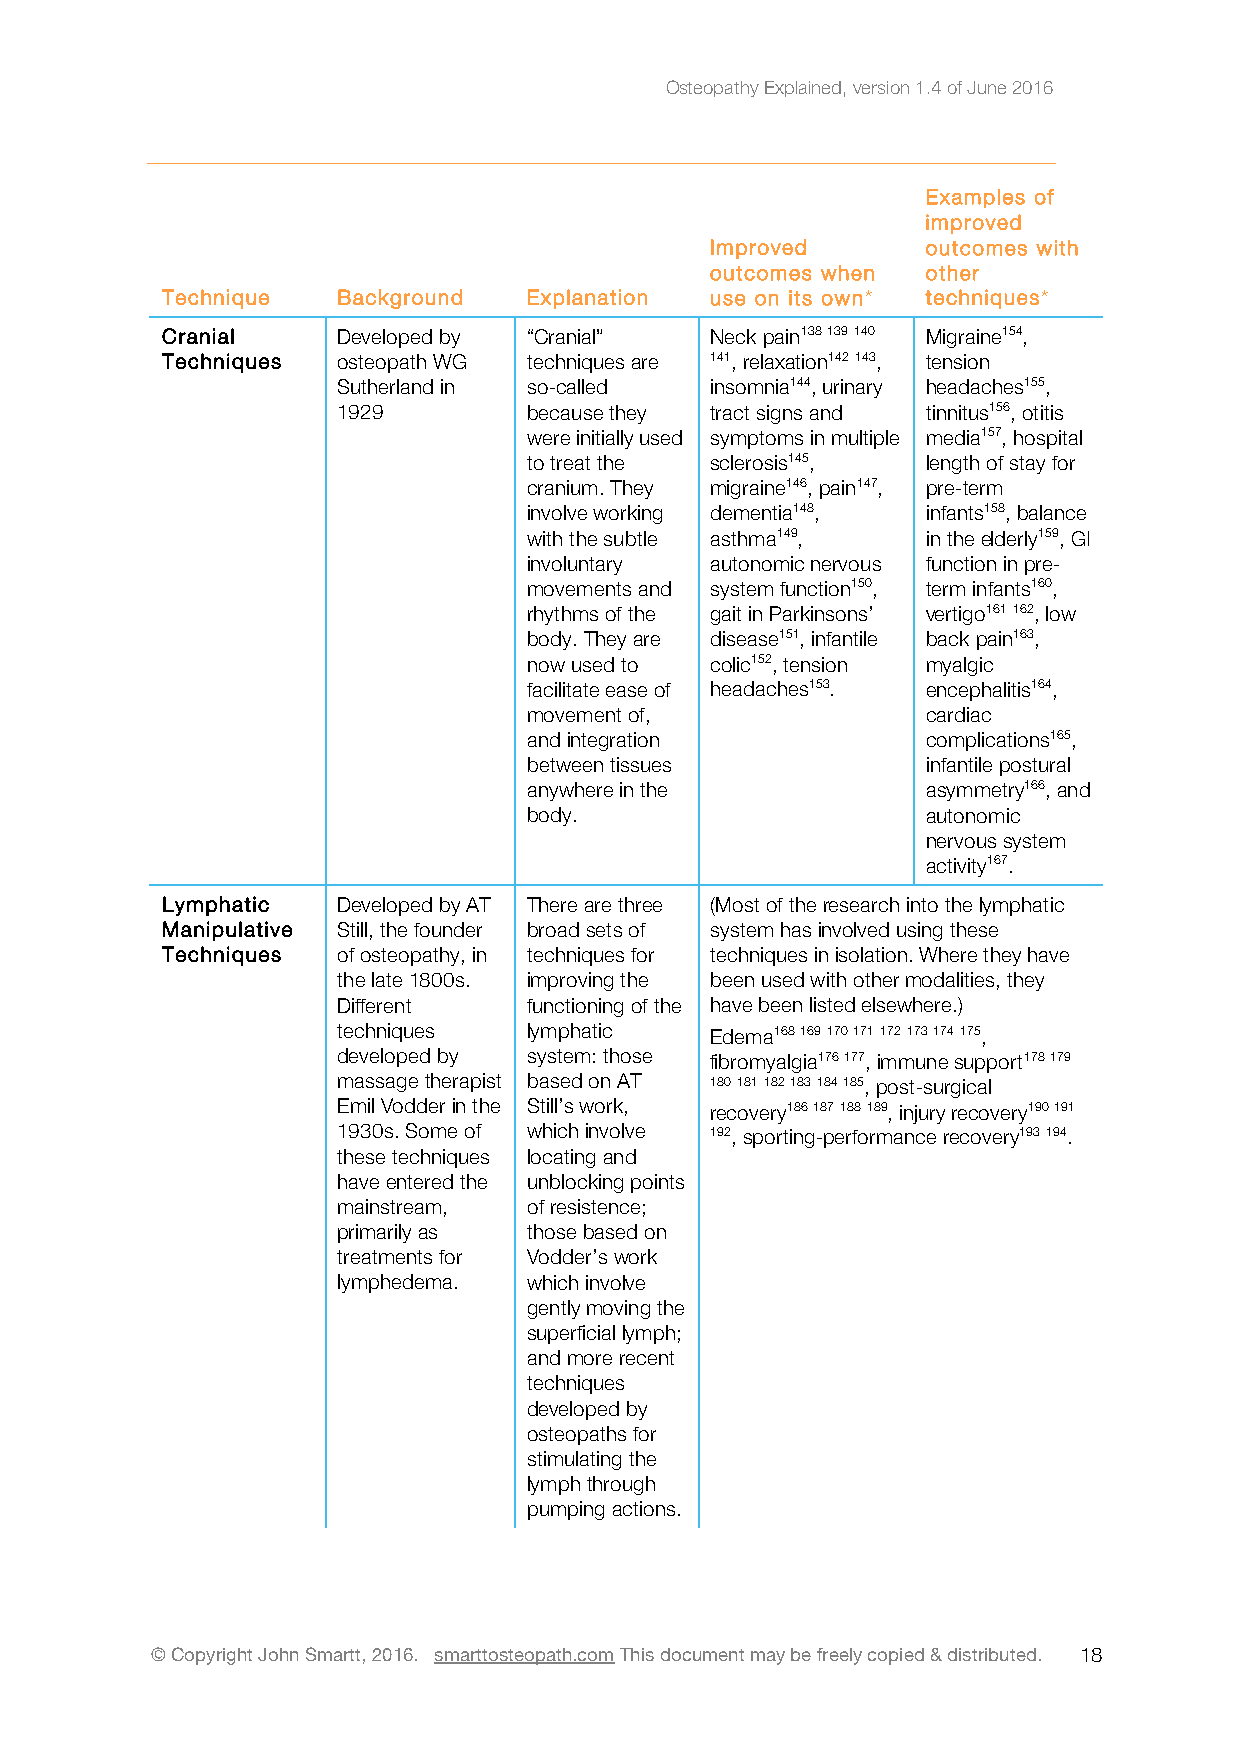
Osteopathy Explained, version 1.4 of June 2016
 Examples of
 improved
 Improved      outcomes with
 outcomes when other
 Technique  Background   Explanation use on its own* techniques*
 Cranial    Developed by “Cranial”   Neck pain138 139 140 Migraine154,
 Techniques osteopath WG techniques are 141, relaxation142 143, tension
 Sutherland in so-called  insomnia144, urinary headaches155,
 1929         because they tract signs and tinnitus156, otitis
 were initially used symptoms in multiple media157, hospital
 to treat the sclerosis145, length of stay for
 cranium. They migraine146, pain147, pre-term
 involve working dementia148, infants158, balance
 with the subtle asthma149, in the elderly159, GI
 involuntary autonomic nervous function in pre-
 movements and system function150, term infants160,
 rhythms of the gait in Parkinsons’ vertigo161 162, low
 body. They are disease151, infantile back pain163,
 now used to colic152, tension myalgic
 facilitate ease of headaches153. encephalitis164,
 movement of,              cardiac
 and integration           complications165,
 between tissues           infantile postural
 anywhere in the           asymmetry166, and
 body.                     autonomic
 nervous system
 activity167.
 Lymphatic  Developed by AT There are three (Most of the research into the lymphatic
 Manipulative Still, the founder broad sets of system has involved using these
 Techniques of osteopathy, in techniques for techniques in isolation. Where they have
 the late 1800s. improving the been used with other modalities, they
 Different    functioning of the have been listed elsewhere.)
 techniques   lymphatic   Edema168 169 170 171 172 173 174 175,
 developed by system: those fibromyalgia176 177, immune support178 179
 massage therapist based on AT 180 181 182 183 184 185, post-surgical
 Emil Vodder in the Still’s work, recovery186 187 188 189, injury recovery190 191
 1930s. Some of which involve 192, sporting-performance recovery193 194.
 these techniques locating and
 have entered the unblocking points
 mainstream,  of resistence;
 primarily as those based on
 treatments for Vodder’s work
 lymphedema.  which involve
 gently moving the
 superficial lymph;
 and more recent
 techniques
 developed by
 osteopaths for
 stimulating the
 lymph through
 pumping actions.
 © Copyright John Smartt, 2016. smarttosteopath.com This document may be freely copied & distributed. 1 8